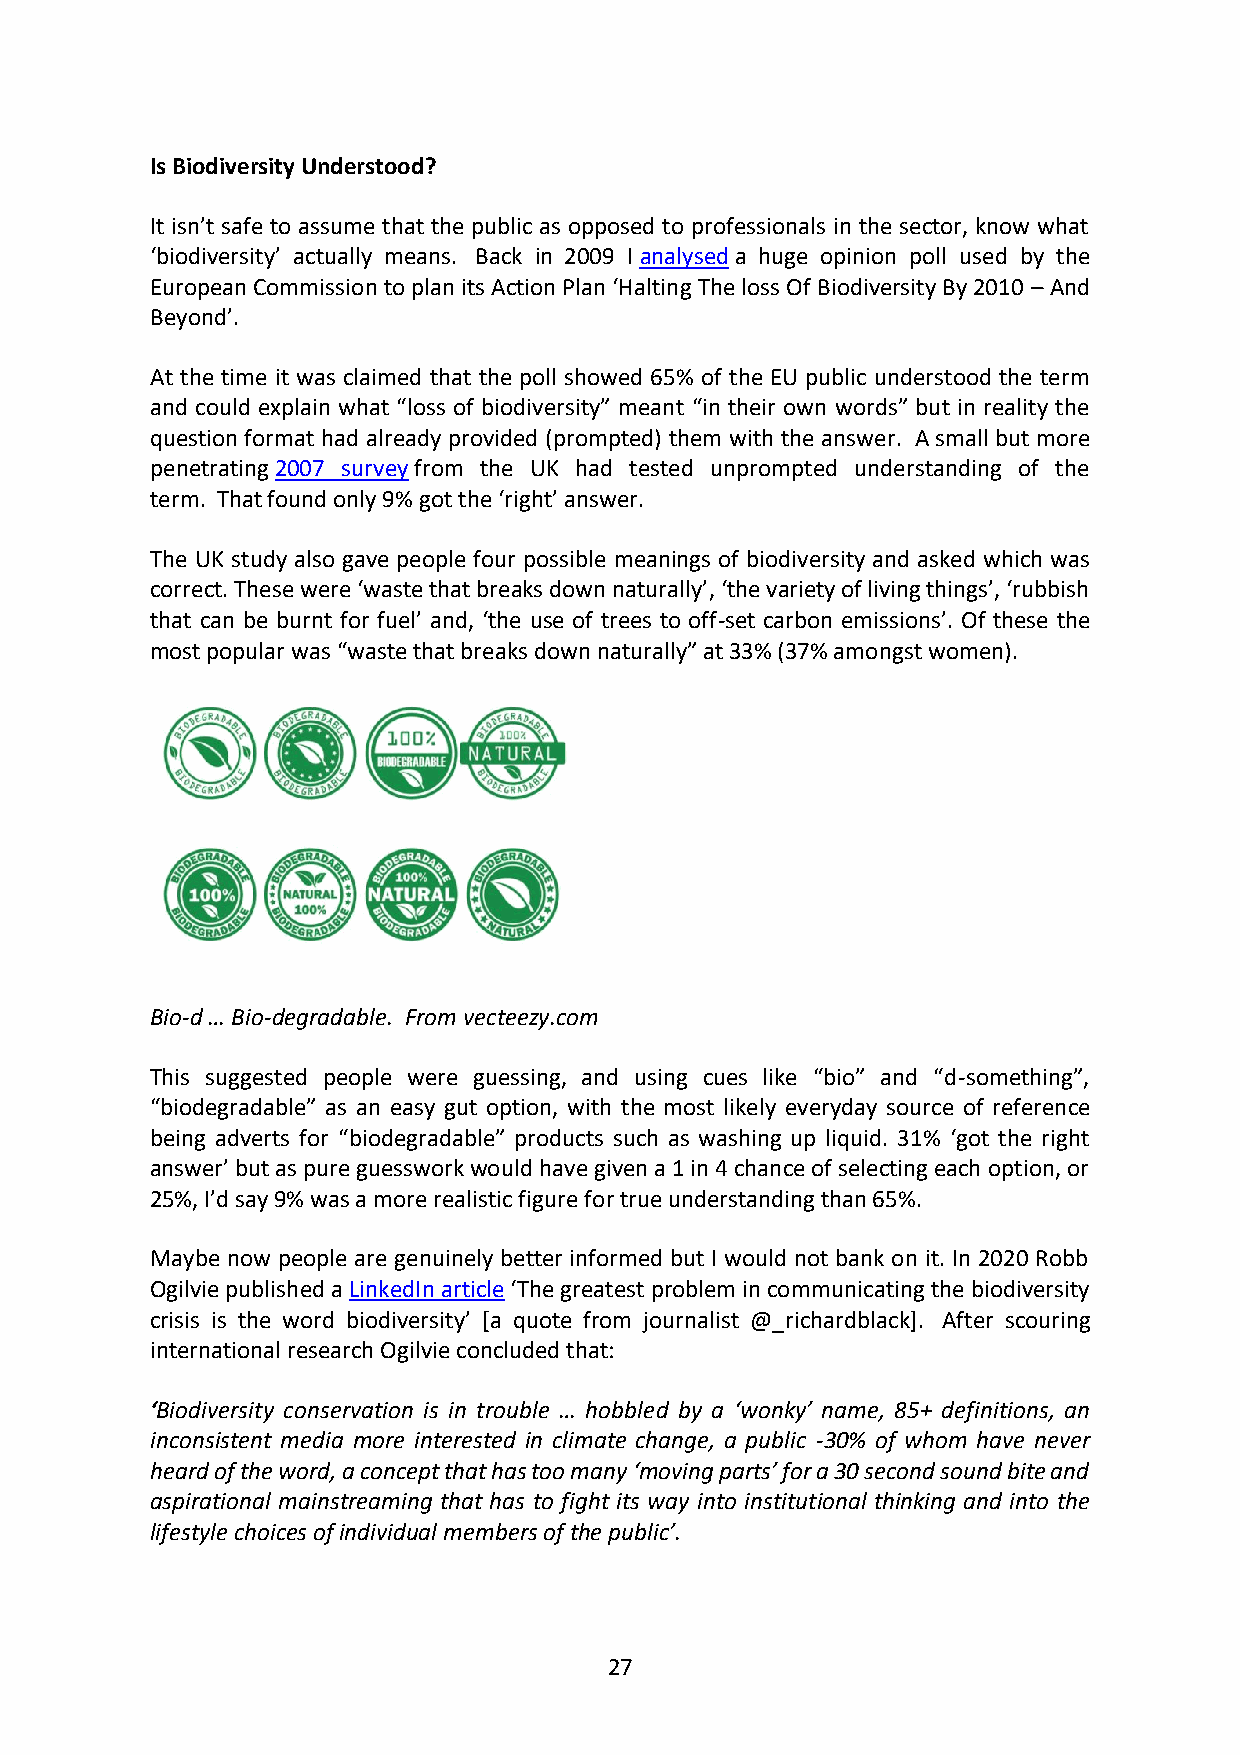
Is Biodiversity Understood?
 It isn’t safe to assume that the public as opposed to professionals in the sector, know what
 ‘biodiversity’ actually means. Back in 2009 I analysed a huge opinion poll used by the
 European Commission to plan its Action Plan ‘Halting The loss Of Biodiversity By 2010 – And
 Beyond’.
 At the time it was claimed that the poll showed 65% of the EU public understood the term
 and could explain what “loss of biodiversity” meant “in their own words” but in reality the
 question format had already provided (prompted) them with the answer. A small but more
 penetrating 2007 survey from the UK had tested unprompted understanding of the
 term. That found only 9% got the ‘right’ answer.
 The UK study also gave people four possible meanings of biodiversity and asked which was
 correct. These were ‘waste that breaks down naturally’, ‘the variety of living things’, ‘rubbish
 that can be burnt for fuel’ and, ‘the use of trees to off-set carbon emissions’. Of these the
 most popular was “waste that breaks down naturally” at 33% (37% amongst women).
 Bio-d … Bio-degradable. From vecteezy.com
 This suggested people were guessing, and using cues like “bio” and “d-something”,
 “biodegradable” as an easy gut option, with the most likely everyday source of reference
 being adverts for “biodegradable” products such as washing up liquid. 31% ‘got the right
 answer’ but as pure guesswork would have given a 1 in 4 chance of selecting each option, or
 25%, I’d say 9% was a more realistic figure for true understanding than 65%.
 Maybe now people are genuinely better informed but I would not bank on it. In 2020 Robb
 Ogilvie published a LinkedIn article ‘The greatest problem in communicating the biodiversity
 crisis is the word biodiversity’ [a quote from journalist @_richardblack]. After scouring
 international research Ogilvie concluded that:
 ‘Biodiversity conservation is in trouble … hobbled by a ‘wonky’ name, 85+ definitions, an
 inconsistent media more interested in climate change, a public -30% of whom have never
 heard of the word, a concept that has too many ‘moving parts’ for a 30 second sound bite and
 aspirational mainstreaming that has to fight its way into institutional thinking and into the
 lifestyle choices of individual members of the public’.
 27